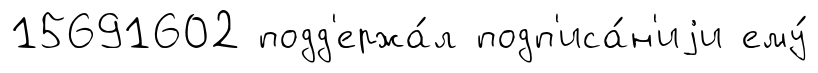
15691602 подд'ержа́л подп'иса́н'иjи ему́